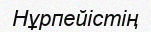
Нұрпейістің